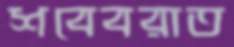
শবেবরাত